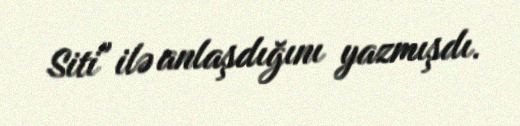
Siti" ilə anlaşdığını yazmışdı.